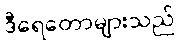
ဒီရေတောများသည်